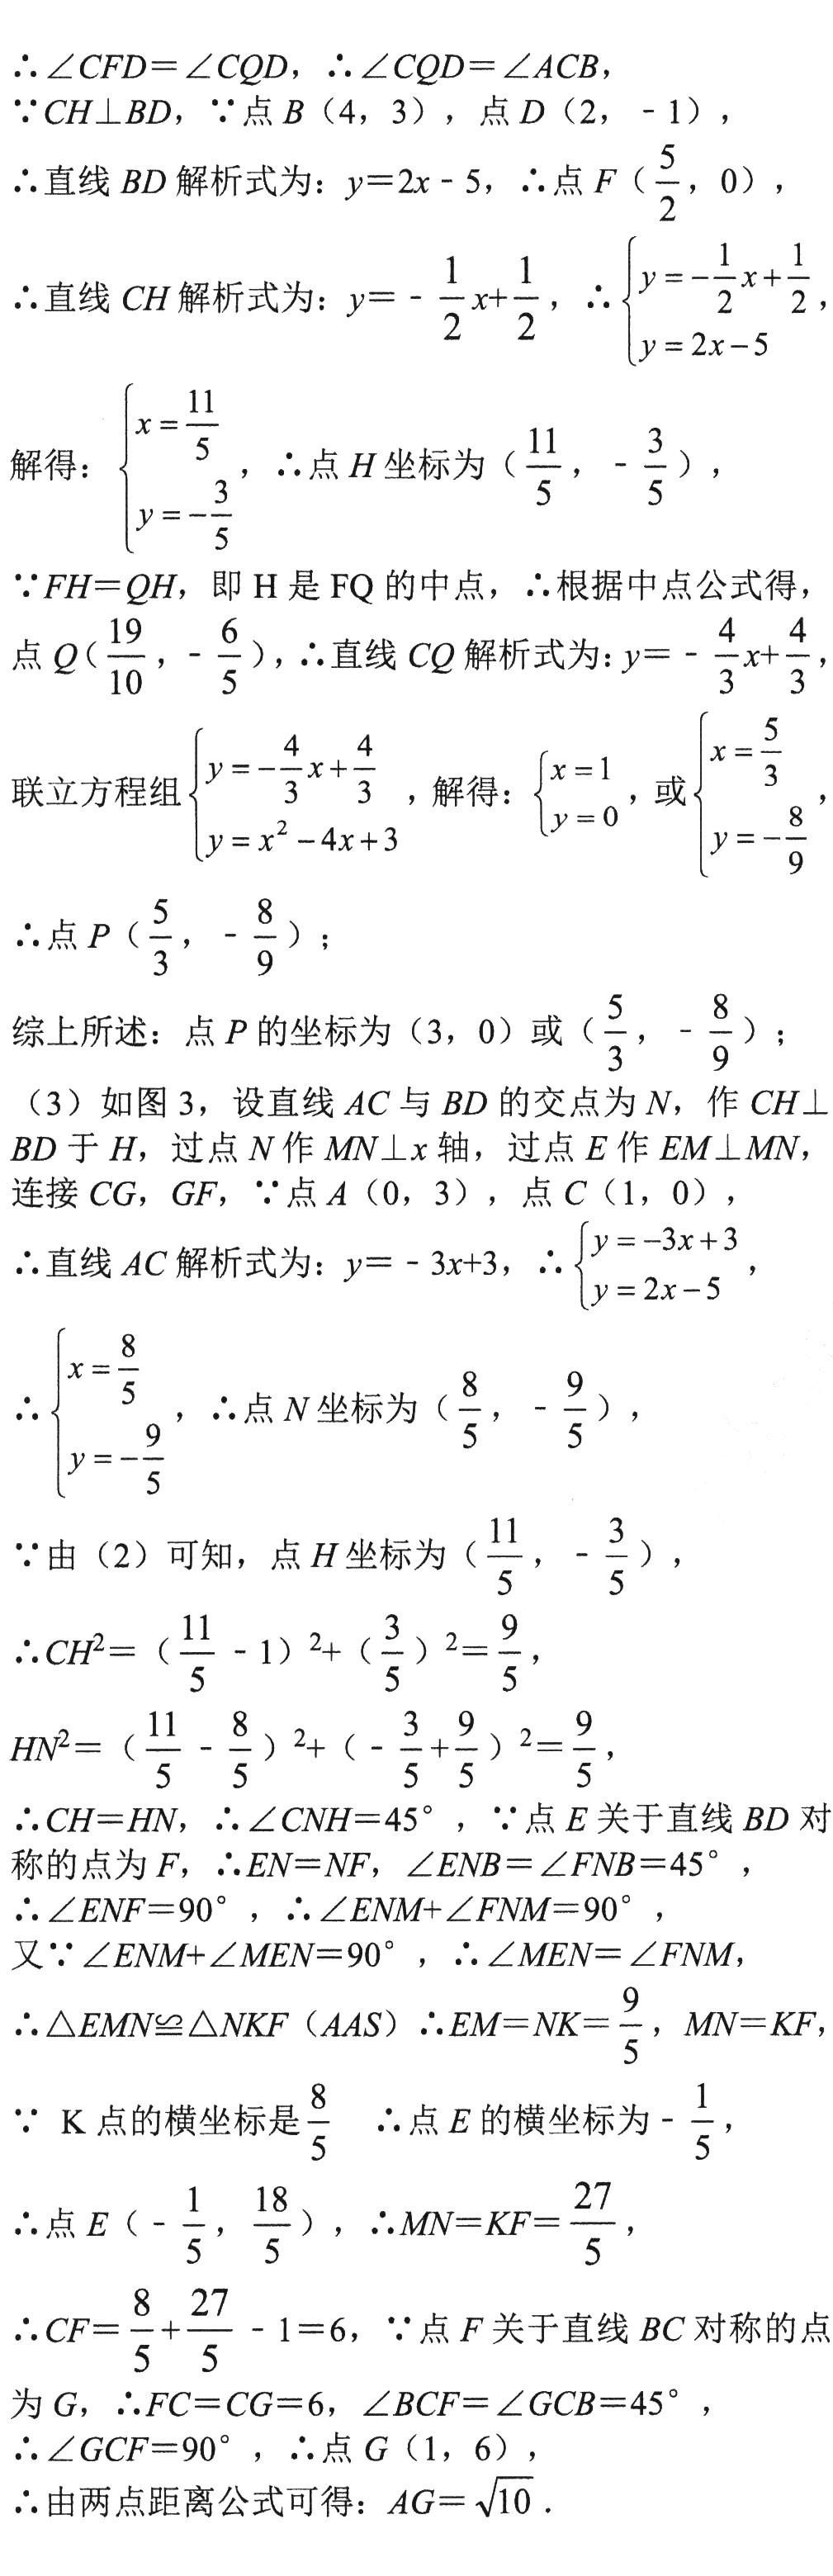
\(\therefore\angle CFD = \angle CQD\), \(\therefore\angle CQD=\angle ACB\),
\(\because CH\perp BD\), \(\because\)点\(B(4,3)\), 点\(D(2, - 1)\),
\(\therefore\)直线\(BD\)解析式为：\(y = 2x - 5\), \(\therefore\)点\(F(\frac{5}{2},0)\),
\(\therefore\)直线\(CH\)解析式为：\(y=-\frac{1}{2}x+\frac{1}{2}\), \(\therefore\begin{cases}y = -\frac{1}{2}x+\frac{1}{2}\\y = 2x - 5\end{cases}\)
解得：\(\begin{cases}x=\frac{11}{5}\\y = -\frac{3}{5}\end{cases}\), \(\therefore\)点\(H\)坐标为\((\frac{11}{5},-\frac{3}{5})\),
\(\because FH = QH\), 即\(H\)是\(FQ\)的中点, \(\therefore\)根据中点公式得，
点\(Q(\frac{19}{10},-\frac{6}{5})\), \(\therefore\)直线\(CQ\)解析式为：\(y = -\frac{4}{3}x+\frac{4}{3}\),
联立方程组\(\begin{cases}y = -\frac{4}{3}x+\frac{4}{3}\\y = x^{2}-4x + 3\end{cases}\), 解得：\(\begin{cases}x = 1\\y = 0\end{cases}\), 或\(\begin{cases}x=\frac{5}{3}\\y = -\frac{8}{9}\end{cases}\),
\(\therefore\)点\(P(\frac{5}{3},-\frac{8}{9})\);
综上所述：点\(P\)的坐标为\((3,0)\)或\((\frac{5}{3},-\frac{8}{9})\);
(3) 如图3，设直线\(AC\)与\(BD\)的交点为\(N\), 作\(CH\perp BD\)于\(H\), 过点\(N\)作\(MN\perp x\)轴，过点\(E\)作\(EM\perp MN\),
连接\(CG\), \(GF\), \(\because\)点\(A(0,3)\), 点\(C(1,0)\),
\(\therefore\)直线\(AC\)解析式为：\(y = - 3x + 3\), \(\therefore\begin{cases}y = - 3x + 3\\y = 2x - 5\end{cases}\),
\(\therefore\begin{cases}x=\frac{8}{5}\\y = -\frac{9}{5}\end{cases}\), \(\therefore\)点\(N\)坐标为\((\frac{8}{5},-\frac{9}{5})\),
\(\because\)由(2)可知，点\(H\)坐标为\((\frac{11}{5},-\frac{3}{5})\),
\(\therefore CH^{2}=(\frac{11}{5}-1)^{2}+(\frac{3}{5})^{2}=\frac{9}{5}\),
\(HN^{2}=(\frac{11}{5}-\frac{8}{5})^{2}+(-\frac{3}{5}+\frac{9}{5})^{2}=\frac{9}{5}\),
\(\therefore CH = HN\), \(\therefore\angle CNH = 45^{\circ}\), \(\because\)点\(E\)关于直线\(BD\)对称的点为\(F\), \(\therefore EN = NF\), \(\angle ENB=\angle FNB = 45^{\circ}\),
\(\therefore\angle ENF = 90^{\circ}\), \(\therefore\angle ENM+\angle FNM = 90^{\circ}\),
又\(\because\angle ENM+\angle MEN = 90^{\circ}\), \(\therefore\angle MEN=\angle FNM\),
\(\therefore\triangle EMN\cong\triangle NKF(AAS)\) \(\therefore EM = NK=\frac{9}{5}\), \(MN = KF\),
\(\because\) \(K\)点的横坐标是\(\frac{8}{5}\) \(\therefore\)点\(E\)的横坐标为\(-\frac{1}{5}\),
\(\therefore\)点\(E(-\frac{1}{5},\frac{18}{5})\), \(\therefore MN = KF=\frac{27}{5}\),
\(\therefore CF=\frac{8}{5}+\frac{27}{5}-1 = 6\), \(\because\)点\(F\)关于直线\(BC\)对称的点为\(G\), \(\therefore FC = CG = 6\), \(\angle BCF=\angle GCB = 45^{\circ}\),
\(\therefore\angle GCF = 90^{\circ}\), \(\therefore\)点\(G(1,6)\),
\(\therefore\)由两点距离公式可得：\(AG=\sqrt{10}\).